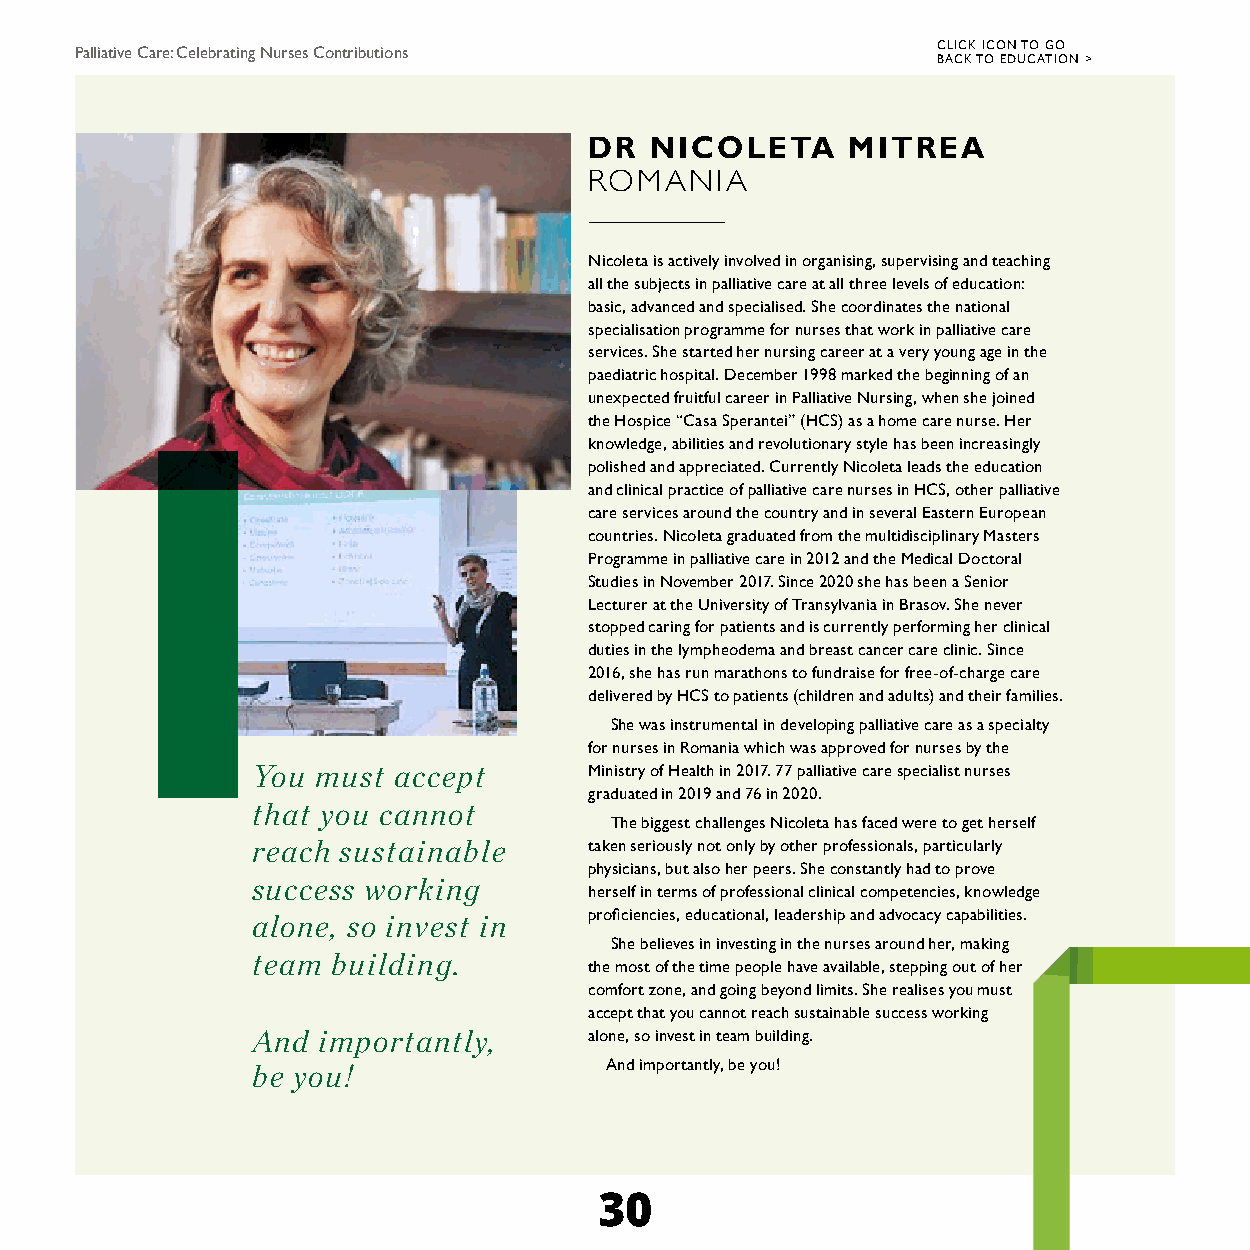
CLICK ICON TO GO
 Palliative Care: Celebrating Nurses Contributions
 BACK TO EDUCATION >
 DR  NICOLETA     MITREA
 ROMANIA
 Nicoleta is actively involved in organising, supervising and teaching
 all the subjects in palliative care at all three levels of education:
 basic, advanced and specialised. She coordinates the national
 specialisation programme for nurses that work in palliative care
 services. She started her nursing career at a very young age in the
 paediatric hospital. December 1998 marked the beginning of an
 unexpected fruitful career in Palliative Nursing, when she joined
 the Hospice “Casa Sperantei” (HCS) as a home care nurse. Her
 knowledge, abilities and revolutionary style has been increasingly
 polished and appreciated. Currently Nicoleta leads the education
 and clinical practice of palliative care nurses in HCS, other palliative
 care services around the country and in several Eastern European
 countries. Nicoleta graduated from the multidisciplinary Masters
 Programme in palliative care in 2012 and the Medical Doctoral
 Studies in November 2017. Since 2020 she has been a Senior
 Lecturer at the University of Transylvania in Brasov. She never
 stopped caring for patients and is currently performing her clinical
 duties in the lympheodema and breast cancer care clinic. Since
 2016, she has run marathons to fundraise for free-of-charge care
 delivered by HCS to patients (children and adults) and their families.
 She was instrumental in developing palliative care as a specialty
 for nurses in Romania which was approved for nurses by the
 You must accept       Ministry of Health in 2017. 77 palliative care specialist nurses
 graduated in 2019 and 76 in 2020.
 that you cannot
 The biggest challenges Nicoleta has faced were to get herself
 reach sustainable     taken seriously not only by other professionals, particularly
 physicians, but also her peers. She constantly had to prove
 success working
 herself in terms of professional clinical competencies, knowledge
 alone, so invest in   proficiencies, educational, leadership and advocacy capabilities.
 She believes in investing in the nurses around her, making
 team building.
 the most of the time people have available, stepping out of her
 comfort zone, and going beyond limits. She realises you must
 accept that you cannot reach sustainable success working
 And importantly,      alone, so invest in team building.
 be you!                And importantly, be you!
 30